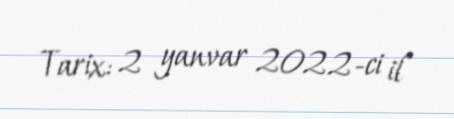
Tarix: 2 yanvar 2022-ci il